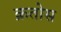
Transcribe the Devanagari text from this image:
क्रतोस